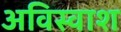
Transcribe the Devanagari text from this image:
अविस्वाश